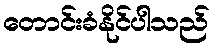
တောင်းခံနိုင်ပါသည်